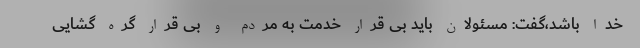
خدا باشد،گفت: مسئولان باید بی قرار خدمت به مردم و بی قرار گره گشایی